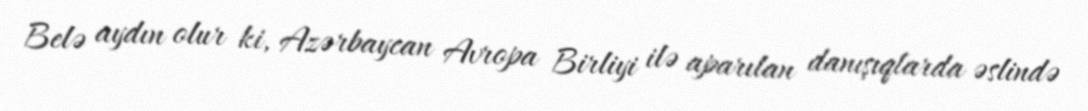
Belə aydın olur ki, Azərbaycan Avropa Birliyi ilə aparılan danışıqlarda əslində